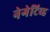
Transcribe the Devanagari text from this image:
नेगेटिव्ह